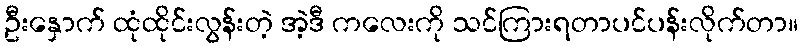
ဦးနှောက် ထုံထိုင်းလွန်းတဲ့ အဲ့ဒီ ကလေးကို သင်ကြားရတာပင်ပန်းလိုက်တာ။